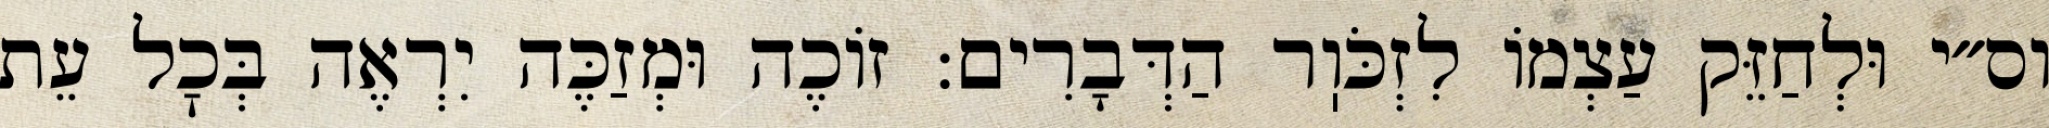
וס״י וּלְחַזֵּק עַצְמוֹ לִזְכֹּוֽר הַדְּבָרִים: זוֹכֶה וּמְזַכֶּה יִרְאֶה בְּכׇל עֵת